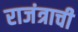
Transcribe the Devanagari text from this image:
राजंत्राची